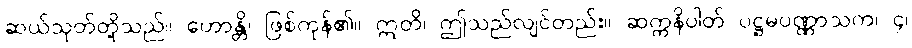
ဆယ်သုတ်တို့သည်။ ဟောန္တိ၊ ဖြစ်ကုန်၏။ ဣတိ၊ ဤသည်လျင်တည်း။ ဆက္ကနိပါတ် ပဋ္ဌမပဏ္ဏာသက၊ ၄၊